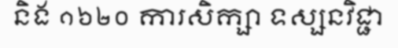
និង ១៦២០ ការសិក្សា ទស្សនវិជ្ជា